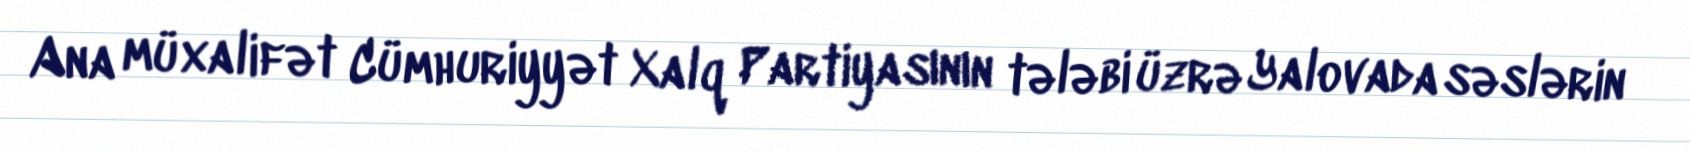
Ana müxalifət Cümhuriyyət Xalq Partiyasının tələbi üzrə Yalovada səslərin